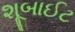
શૂબાઈટ